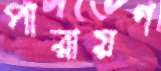
পারায়ণ